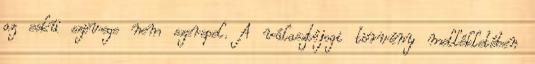
az eskü szövege nem szerepel. A választójogi törvény mellékletében